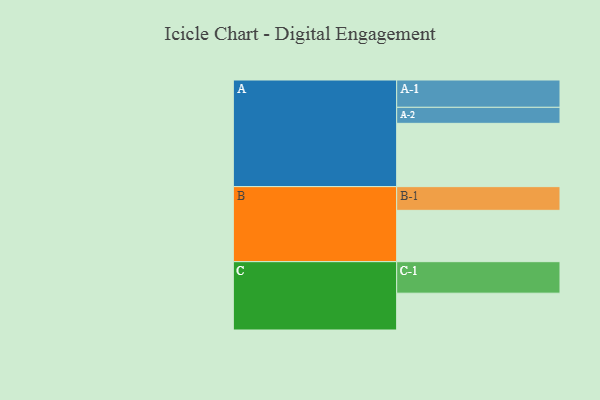
{"axis": {"x": "Segment", "y": "Value"}, "legend": ["", "A", "B", "C"], "data": [{"x": "A", "y": 593, "type": ""}, {"x": "B", "y": 481, "type": ""}, {"x": "C", "y": 345, "type": ""}, {"x": "A-1", "y": 256, "type": "A"}, {"x": "A-2", "y": 150, "type": "A"}, {"x": "B-1", "y": 222, "type": "B"}, {"x": "C-1", "y": 295, "type": "C"}]}